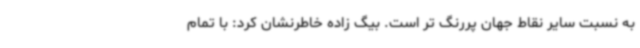
به نسبت سایر نقاط جهان پررنگ تر است. بیگ زاده خاطرنشان کرد: با تمام